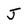
Character: J